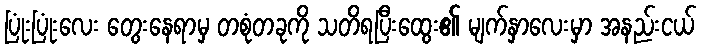
ပြုံးပြုံးလေး တွေးနေရာမှ တစုံတခုကို သတိရပြီးထွေး၏ မျက်နှာလေးမှာ အနည်းငယ်